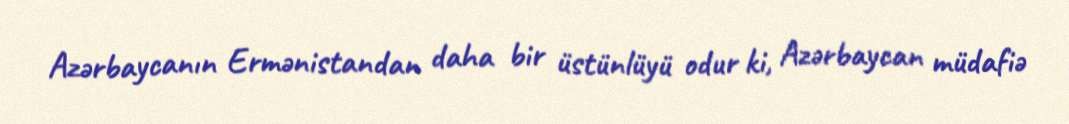
Azərbaycanın Ermənistandan daha bir üstünlüyü odur ki, Azərbaycan müdafiə